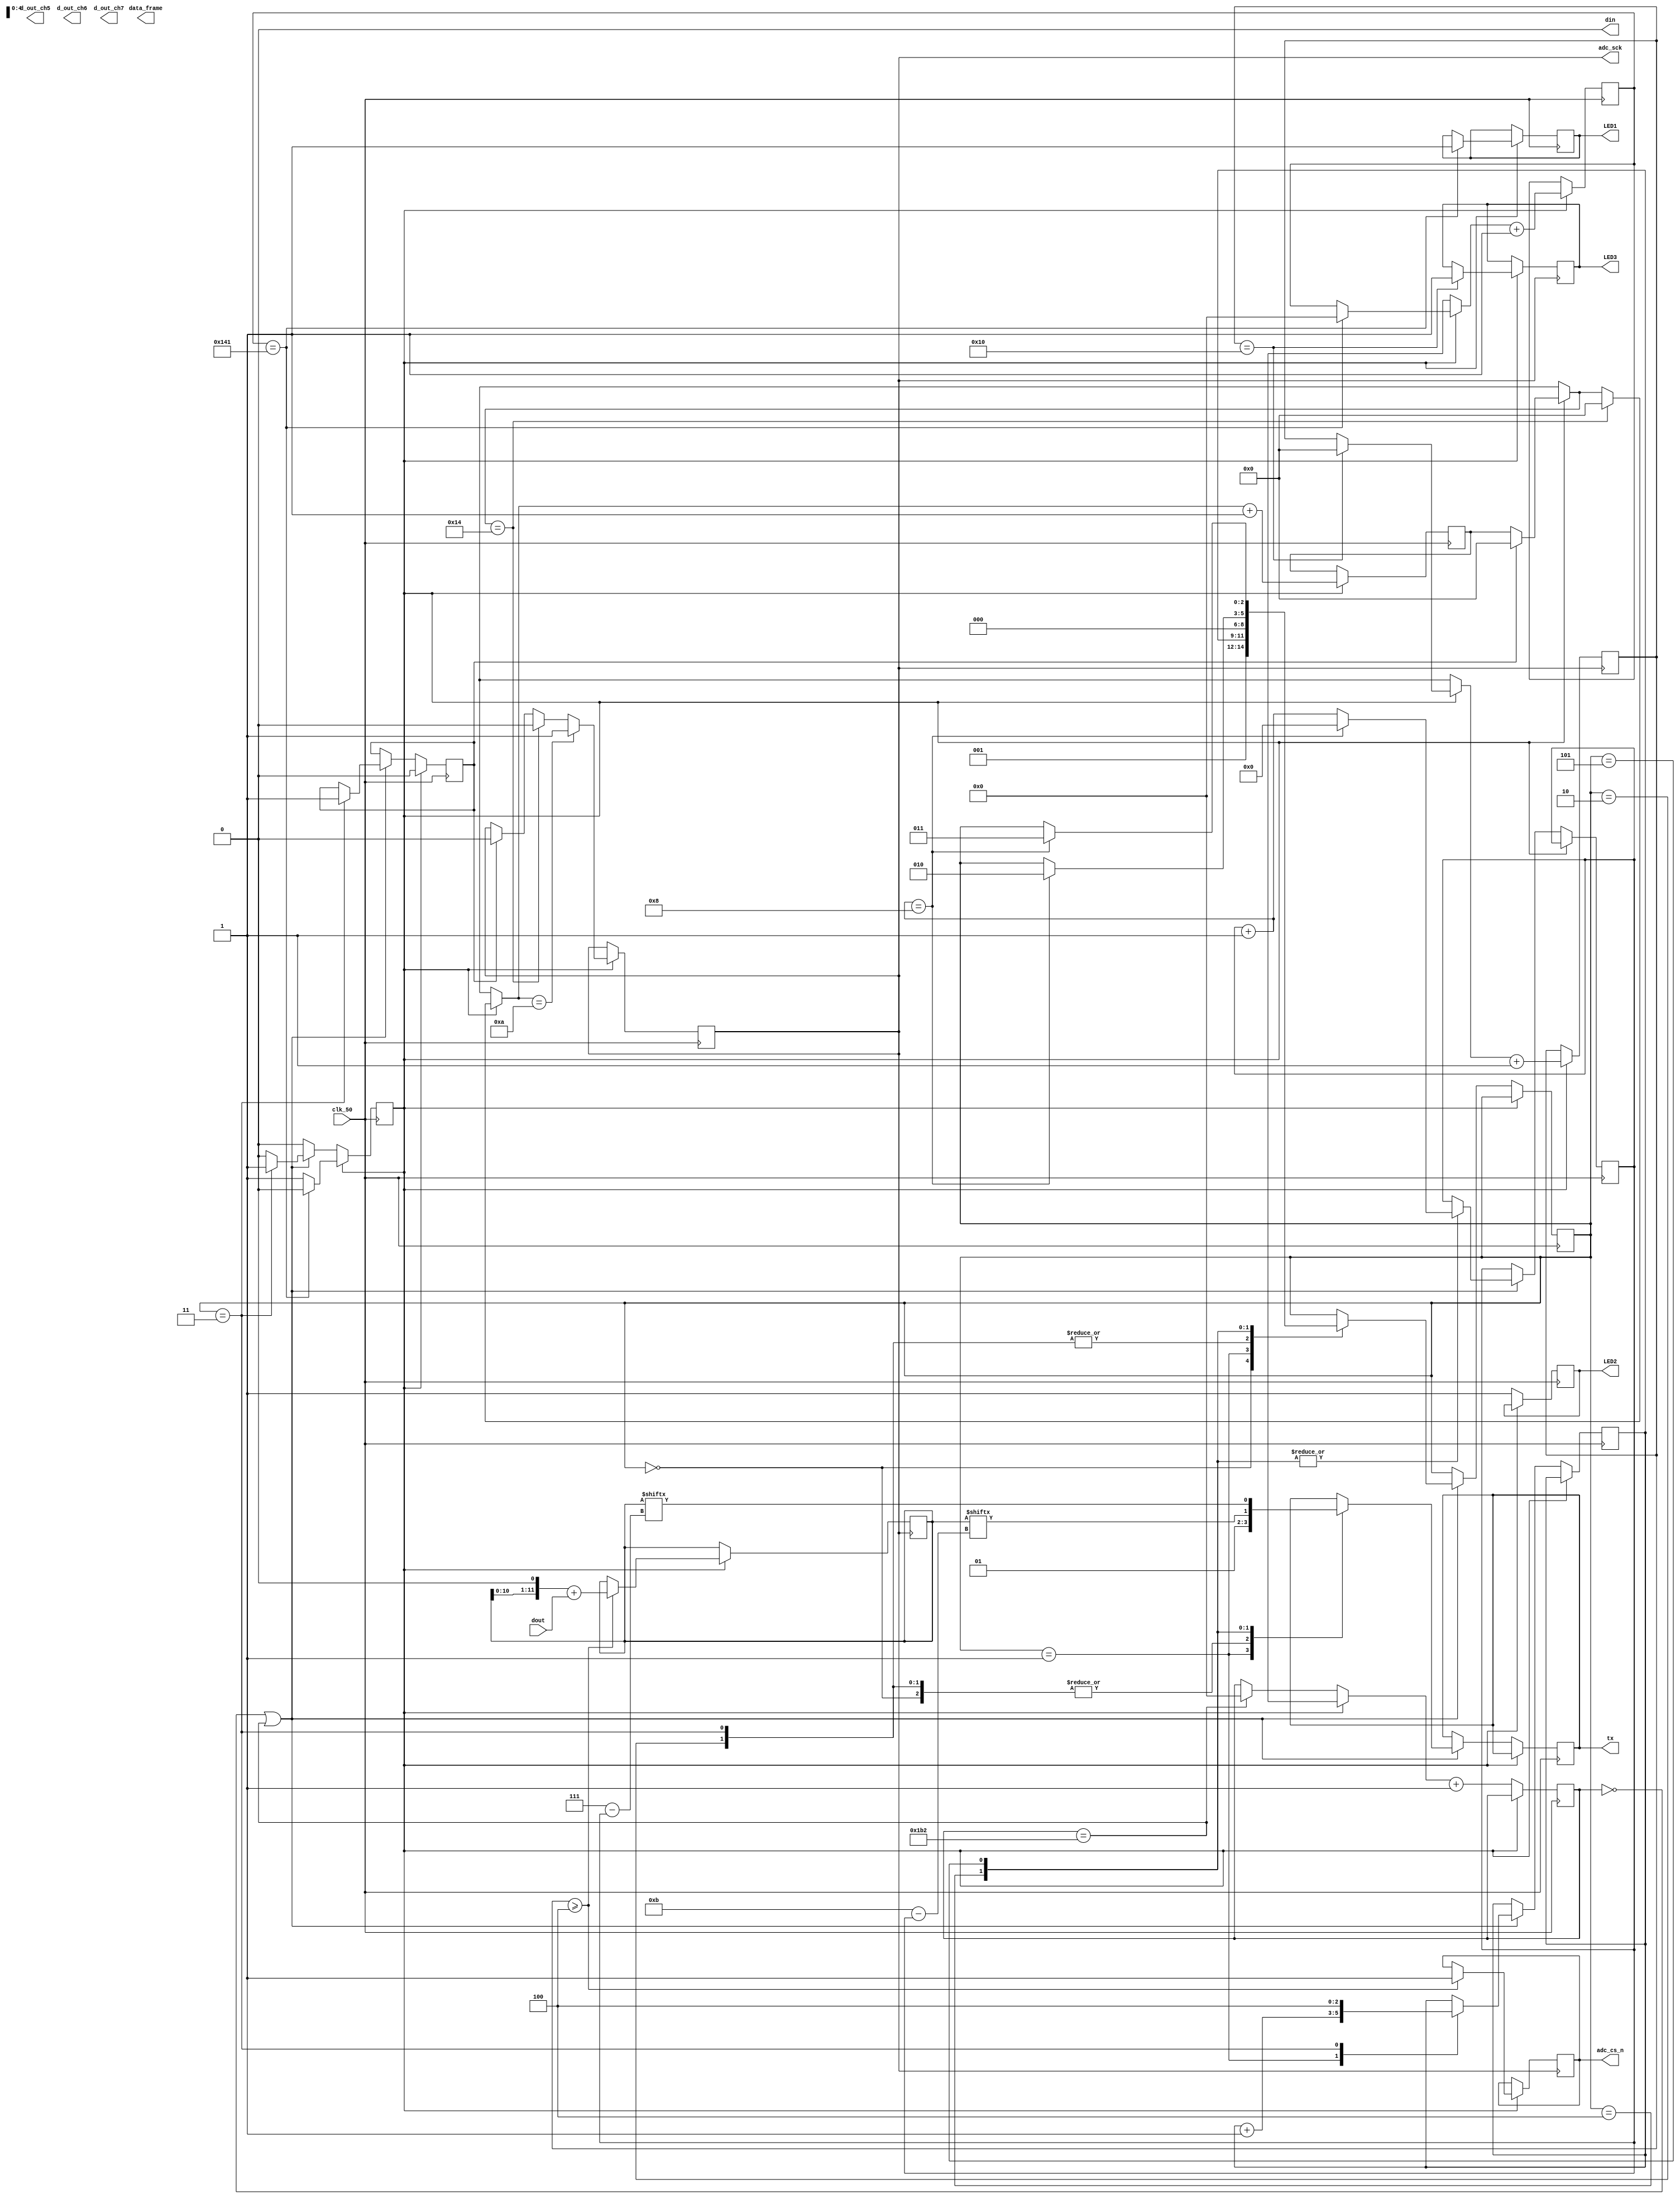
module uart_xbee(
	input  clk_50,				
	input  dout,				
	output adc_cs_n,			
	output din,					
	output adc_sck,			
	output [11:0]d_out_ch5,	
	output [11:0]d_out_ch6,	
	output [11:0]d_out_ch7,	
	output [1:0]data_frame,
	output tx ,
	output  LED1,
	output  LED2,
	output  LED3
);
	

/* __________ Parameters __________ */ 
	
/* ------- ADC ------- */
	
reg adc_clock = 0 ;
assign adc_sck = adc_clock ;
reg [4:0]adc_clock_counter = 5'b10100 ;

reg led1 = 0 ;
reg led2 = 0 ;
reg led3 = 0 ;
assign LED1 = led1 ;
assign LED2 = led2 ;
assign LED3 = led3 ;

reg adc_uart = 1 ;
reg adc_initalize = 0 ;

reg adc_cs = 0 ;
assign adc_cs_n = adc_cs ;

reg adc_addr = 0 ;
assign din = adc_addr ;
reg [4:0]adc_addr_counter = 5'b0 ; 
reg [11:0]data = 12'b0 ; 


reg [8:0]adc_counter =  9'b000000000 ;

/* -xxxxxxxxxxxxxxxxx- */

/*------- UART ------- */

reg Tx ;
assign tx = Tx ;

localparam 
				idle      = 3'b000 ,
				start     = 3'b001 ,
				stop      = 3'b010 ,
				terminate = 3'b011 ,
				ch0_ub    = 3'b100 ,                        
			   ch0_lb    = 3'b101 ;                       

reg [8:0]counter = 9'b00 ; 				
reg [2:0]cs = idle ;	
reg [2:0]uart_data = 3'b100 ;
reg [3:0]bit_counter = 4'b00 ;	



/* -xxxxxxxxxxxxxxxx-*/
		
/* _______________________________ */




always @(negedge clk_50)
begin 


         /* ADC Clock */
if (adc_uart == 1 )
begin 
	
   if (adc_initalize == 1)
	   begin 
		 adc_clock_counter = 5'b0 ;
		 adc_clock = 0 ;
		 adc_initalize = 0 ;
		end
		
	if (adc_clock_counter == 5'b10100)
	   begin 
		     adc_clock_counter = 5'b0 ;
			  adc_clock = 0 ;
		end 
	
	if (adc_clock_counter == 5'b01010)
	    begin 
		     adc_clock = 1 ;
		 end 
    if (adc_counter == 9'b101000001)
	   begin
	    adc_counter = 0 ;
		 adc_uart = 0 ; 
		 led1 = 1 ;
		end
	adc_clock_counter = adc_clock_counter + 1 ;
	adc_counter =  adc_counter + 1 ;
end 		 
		 
		 
		 
		 
		 		 
else if (adc_uart == 0 ) 
begin 
	led2 = 1 ;

	if (counter == 0 || counter == 9'b110110010 )
	begin 

		case (cs)

			idle :
					begin 
					Tx = 1 ;
					cs = start ;
					
					end 
					
			start : 
					 begin 
					 Tx = 0 ;
					 cs = uart_data ;
					 uart_data = uart_data + 1 ;
					 end 
					 
			stop :
					 begin 
					 Tx = 1 ;
					 cs = idle ;
					 end 
					 
			terminate :
						begin 
						Tx = 1 ;
						adc_initalize = 1 ;
						adc_uart = 1 ;
						cs = idle ;
						uart_data = 100 ;
						end 
						
			ch0_ub   :
						begin 
						Tx = data[11-bit_counter] ;
						bit_counter = bit_counter + 1 ;
						if (bit_counter == 4'b1000)
						begin 
						bit_counter = 0 ;
						cs = stop  ;
						end 
						end 
						
						
						
			ch0_lb   :
						begin 
						Tx = data[7-bit_counter] ;
						bit_counter = bit_counter + 1 ;
						if (bit_counter == 4'b1000)
						begin 
						bit_counter = 0 ;
						cs = terminate  ;
						end 
						end 
			

	  endcase 
	end 

	if (counter == 9'b110110010)
	begin
		counter = 9'b0 ;
	end 

	counter = counter + 1 ;


end 
 

end 
 
//
	//
		//
 
 
always @ (negedge adc_sck)
begin 

if (adc_uart == 1 )
begin 
	
    if (adc_addr_counter >= 5'b00100 )
	   begin
		
		  data = data<<1 ;
		  data = data + dout ;
        adc_cs = 1 ;

      end 
		
		if (adc_addr_counter == 5'b10000)
	    begin
		 adc_addr_counter = 0 ;
		 $display(data);
		 led3 = 1 ;
		 end 
     
	  adc_addr_counter = adc_addr_counter + 1 ; 
end

end 

//
	//
		//
		



////////////////////////YOUR CODE ENDS HERE//////////////////////////
endmodule
///////////////////////////////MODULE ENDS///////////////////////////